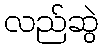
လည်ဆွဲ